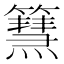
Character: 𥶬